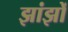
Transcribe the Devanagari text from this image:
झांझों